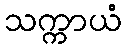
သက္ကာယံ